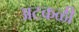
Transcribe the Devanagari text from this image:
अटकळी